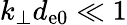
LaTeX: k_{\perp}d_{\mathrm{e0}}\ll 1